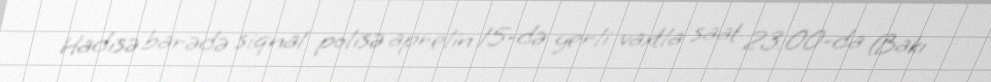
Hadisə barədə siqnal polisə aprelin 15-də yerli vaxtla saat 23:00-da (Bakı